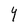
Character: 4